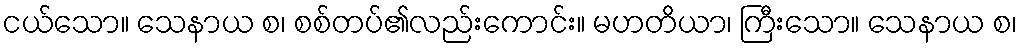
ငယ်သော။ သေနာယ စ၊ စစ်တပ်၏လည်းကောင်း။ မဟတိယာ၊ ကြီးသော။ သေနာယ စ၊